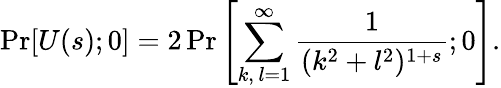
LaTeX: \mathrm{Pr}[U(s);0]=2\, \mathrm{Pr}\left[\sum_{k,\, l=1}^{\infty}\frac{1}{(k^{2}+l^{2})^{1+s}};0\right].